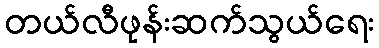
တယ်လီဖုန်းဆက်သွယ်ရေး